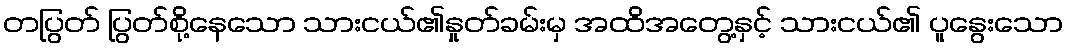
တပြွတ် ပြွတ်စို့နေသော သားငယ်၏နှုတ်ခမ်းမှ အထိအတွေ့နှင့် သားငယ်၏ ပူနွေးသော